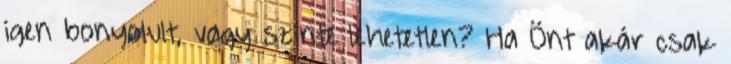
igen bonyolult, vagy szinte lehetetlen? Ha Önt akár csak